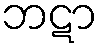
ဘဋာ